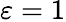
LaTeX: \varepsilon=1